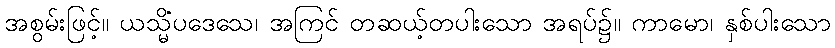
အစွမ်းဖြင့်။ ယသ္မိံပဒေသေ၊ အကြင် တဆယ့်တပါးသော အရပ်၌။ ကာမော၊ နှစ်ပါးသော